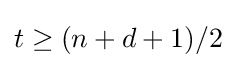
t\geq (n+d+1)/2